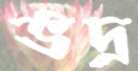
ভদ্র